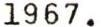
1967.